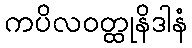
ကပိလဝတ္ထုနိဒါနံ